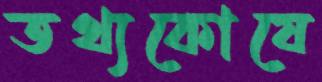
তথ্যকোষে